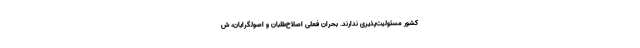
کشور مسئولیت‌پذیری ندارند. بحران فعلی اصلاح‌طلبان و اصولگرایان، ش